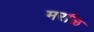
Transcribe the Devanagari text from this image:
मरळि